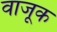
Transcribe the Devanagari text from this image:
वाजूक